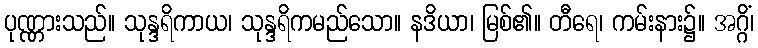
ပုဏ္ဏားသည်။ သုန္ဒရိကာယ၊ သုန္ဒရိကမည်သော။ နဒိယာ၊ မြစ်၏။ တီရေ၊ ကမ်းနား၌။ အဂ္ဂိံ၊